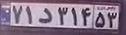
۷۱د۳۱۴۵۳